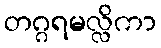
တဂ္ဂရမလ္လိကာ